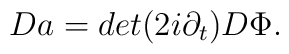
Da = det (2 i \partial_t) D \Phi.